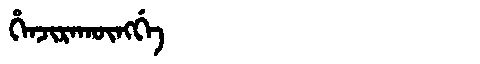
Manchu: ᡥᡝᠨᠵᡳᡵᠠᡴᡡᠩᡤᡝ
Romanization: HENJIRAKŪNGGE